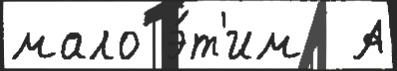
мало э́т'им  А